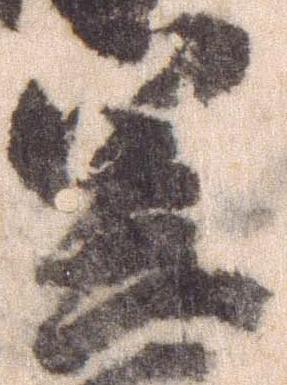
笠